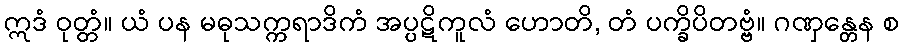
ဣဒံ ဝုတ္တံ။ ယံ ပန မဓုသက္ကရာဒိကံ အပ္ပဋိကူလံ ဟောတိ, တံ ပက္ခိပိတဗ္ဗံ။ ဂဏှန္တေန စ